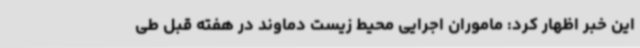
این خبر اظهار کرد: ماموران اجرایی محیط زیست دماوند در هفته قبل طی